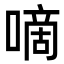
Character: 嘀